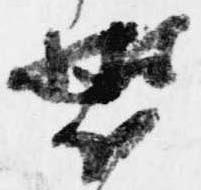
装